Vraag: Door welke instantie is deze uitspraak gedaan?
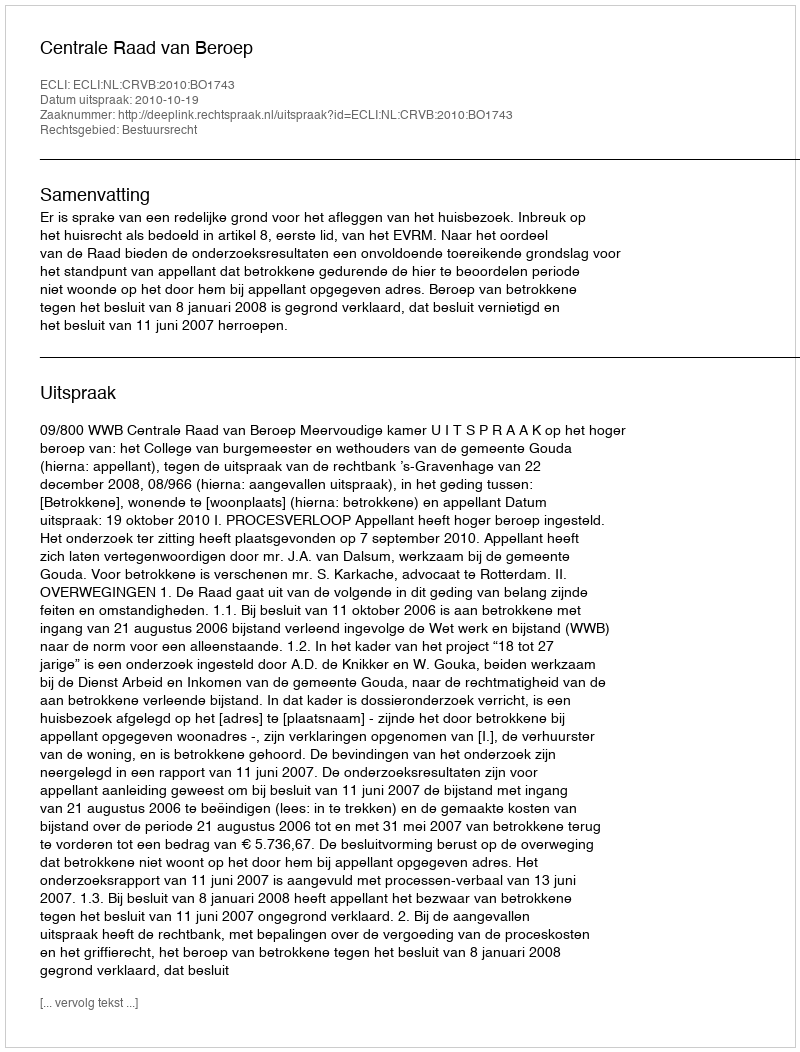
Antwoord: Centrale Raad van Beroep